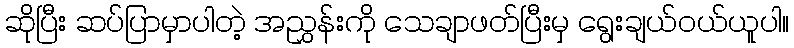
ဆိုပြီး ဆပ်ပြာမှာပါတဲ့ အညွှန်းကို သေချာဖတ်ပြီးမှ ရွေးချယ်ဝယ်ယူပါ။